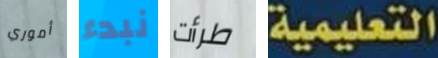
أموري نبدء طرأت التعليمية